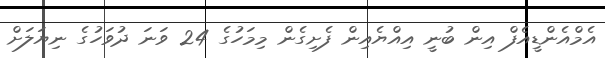
އެމްއެންޑީއެފް އިން ބުނީ އިއްޔެއިން ފެށިގެން މިމަހުގެ 24 ވަނަ ދުވަހުގެ ނިޔަލަށް